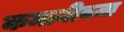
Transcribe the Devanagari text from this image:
कमानीवजा